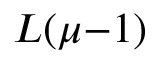
L ( \mu { - } 1 )